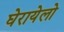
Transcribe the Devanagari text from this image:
घेरायेलो